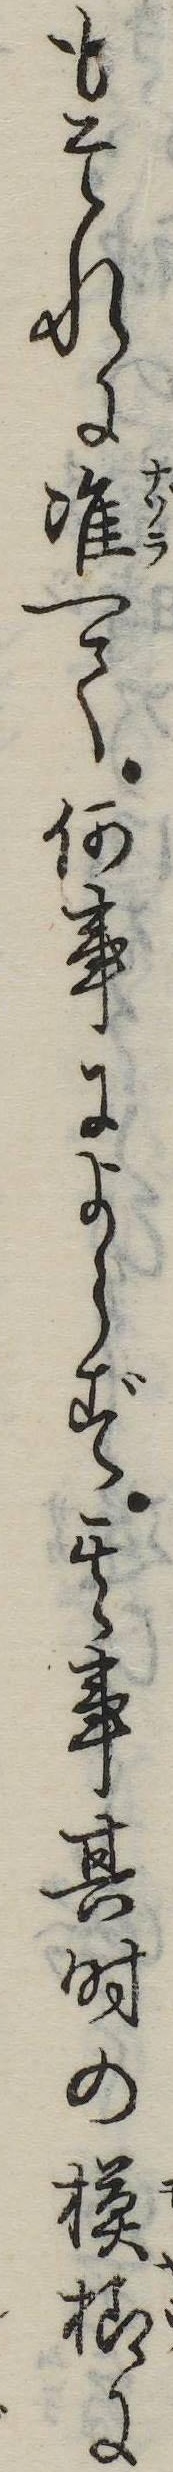
もそれに准へて何事によらず其事其時の模様に